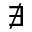
\nexists